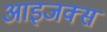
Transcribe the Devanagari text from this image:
आइजक्स